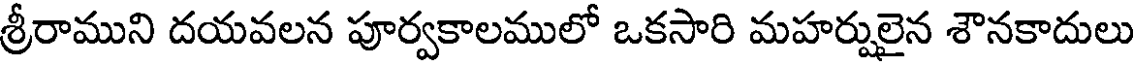
శ్రీరాముని దయవలన పూర్వకాలములో ఒకసారి మహర్షులైన శౌనకాదులు